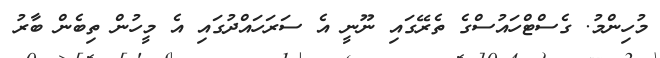
މުހިންމު. ގެސްޓްހައުސްގެ ތެރޭގައި ނޫނީ އެ ސަރަހައްދުގައި އެ މީހުން ތިބެން ބާރު